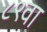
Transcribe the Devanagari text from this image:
८९वा